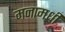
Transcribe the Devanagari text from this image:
मनामधी